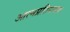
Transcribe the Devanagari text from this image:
आत्मप्रतिपादक